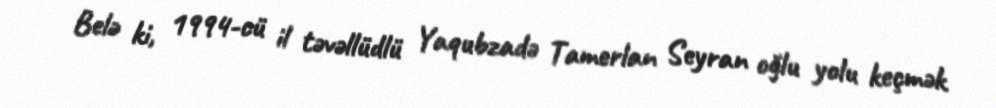
Belə ki, 1994-cü il təvəllüdlü Yaqubzadə Tamerlan Seyran oğlu yolu keçmək